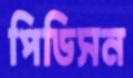
পিডিসন